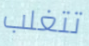
تتغلب